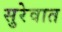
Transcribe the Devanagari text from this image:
सुरेवात